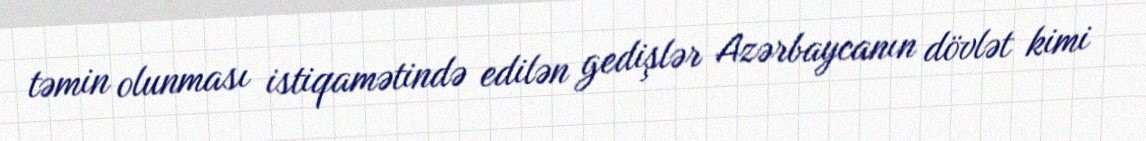
təmin olunması istiqamətində edilən gedişlər Azərbaycanın dövlət kimi